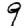
Digit: 9